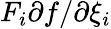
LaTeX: F_{i}{\partial f}/{\partial\xi_{i}}